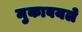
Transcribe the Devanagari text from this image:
मुकावयले